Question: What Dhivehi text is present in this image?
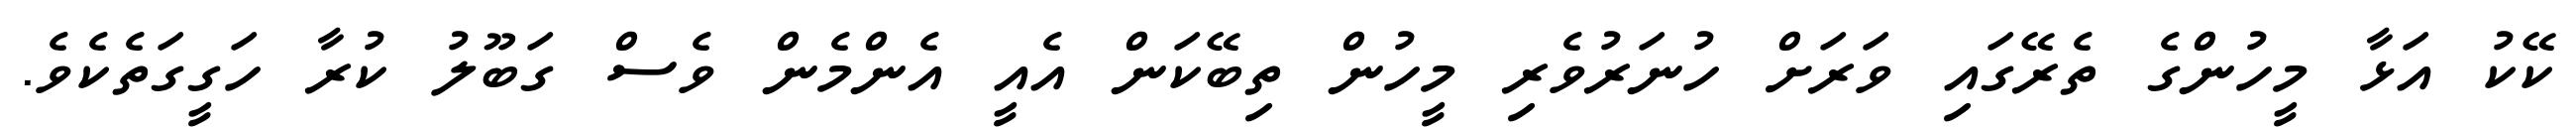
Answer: ކޭކު އަޅާ މީހުންގެ ތެރޭގައި ވަރަށް ހުނަރުވެރި މީހުން ތިބޭކަން އެއީ އެންމެން ވެސް ގަބޫލު ކުރާ ހަގީގަތެކެވެ.